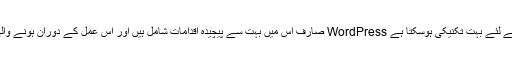
متحرک سائٹ کو جامد سائٹ میں تبدیل کرنا اوسط کے لئے بہت تکنیکی ہوسکتا ہے WordPress صارف اس میں بہت سے پیچیدہ اقدامات شامل ہیں اور اس عمل کے دوران ہونے والی کسی بھی غلطی کو درست کرنا مشکل ہوسکتا ہے۔